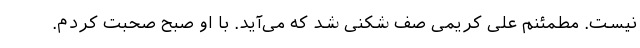
نیست. مطمئنم علی کریمی صف شکنی شد که می‌آید. با او صبح صحبت کردم.